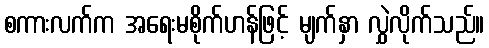
စကားလက်က အရေးမစိုက်ဟန်ဖြင့် မျက်နှာ လွှဲလိုက်သည်။